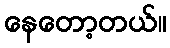
နေတော့တယ်။